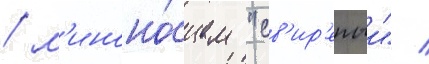
/ м'иноно́сцем "св'ир'епыи" /